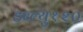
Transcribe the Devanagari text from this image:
डब्ल्यु१२०